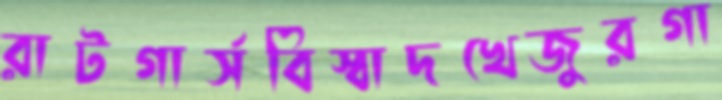
রাটগার্সবিস্বাদখেজুরগা